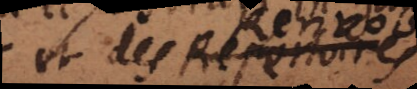
it des Repertoires